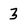
Character: 3